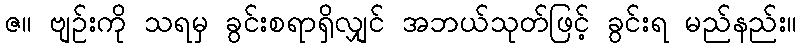
ဇ။ ဗျဉ်းကို သရမှ ခွင်းစရာရှိလျှင် အဘယ်သုတ်ဖြင့် ခွင်းရ မည်နည်း။